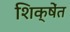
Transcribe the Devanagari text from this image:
शिक्षेंत